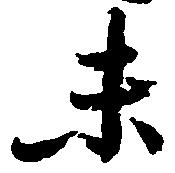
末